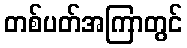
တစ်ပတ်အကြာတွင်